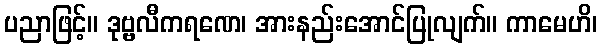
ပညာဖြင့်။ ဒုဗ္ဗလီကရဏေ၊ အားနည်းအောင်ပြုလျက်။ ကာမေဟိ၊